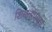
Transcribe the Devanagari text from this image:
शिमलापासून